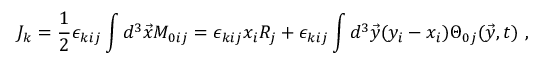
J _ { k } = { \frac { 1 } { 2 } } \epsilon _ { k i j } \int d ^ { 3 } \vec { x } { \cal M } _ { 0 i j } = \epsilon _ { k i j } x _ { i } R _ { j } + \epsilon _ { k i j } \int d ^ { 3 } \vec { y } ( y _ { i } - x _ { i } ) \Theta _ { 0 j } ( \vec { y } , t ) ~ ,